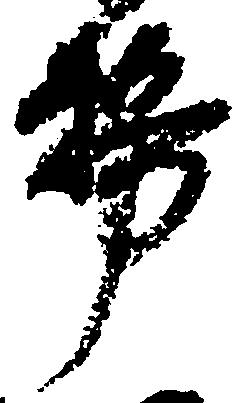
務